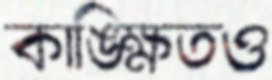
কাঙ্ক্ষিতও